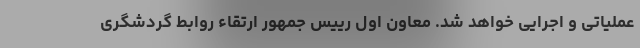
عملیاتی و اجرایی خواهد شد. معاون اول رییس جمهور ارتقاء روابط گردشگری